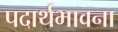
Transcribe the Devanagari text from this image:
पदार्थभावना